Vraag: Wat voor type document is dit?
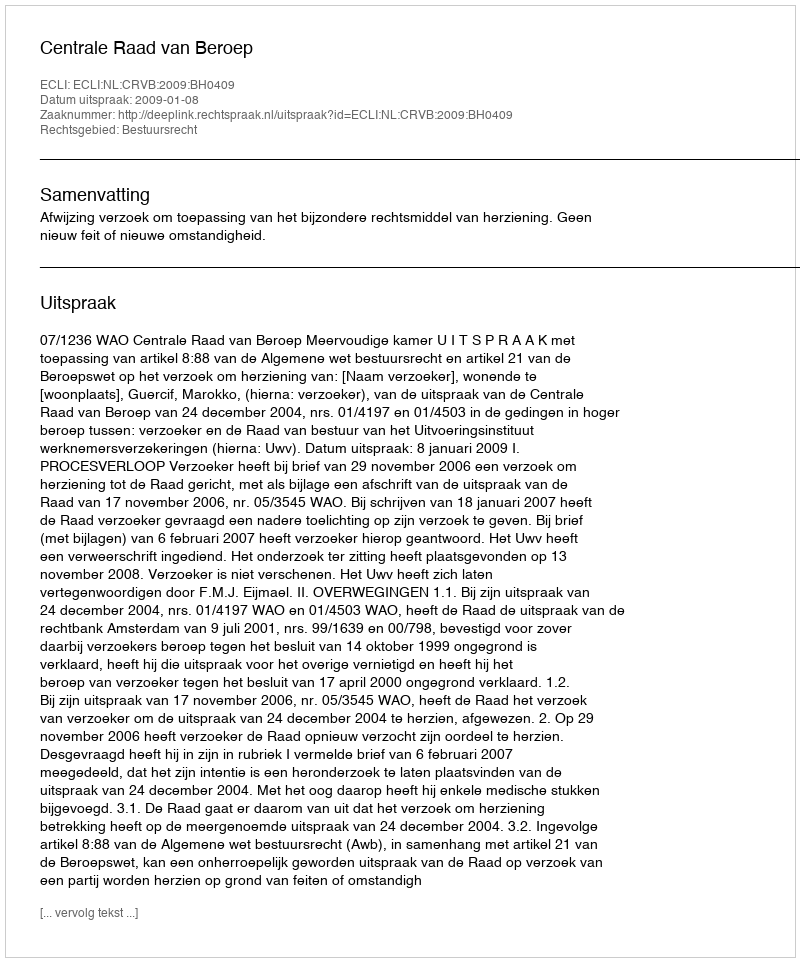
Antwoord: Uitspraak